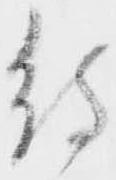
待